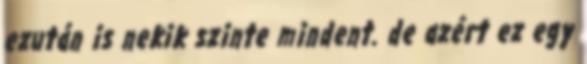
ezután is nekik szinte mindent. de azért ez egy